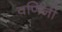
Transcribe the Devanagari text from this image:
वर्णिनी